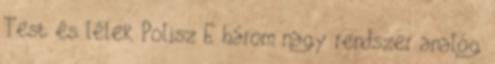
Test és lélek Polisz E három nagy rendszer analóg